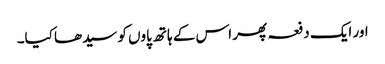
اور ایک دفعہ پھر اس کے ہاتھ پاوں کو سیدھا کیا۔